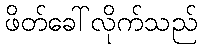
ဖိတ်ခေါ်လိုက်သည်